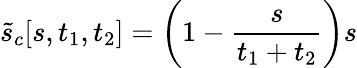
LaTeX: \tilde{s}_{c}[s,t_{1},t_{2}]=\left(1-\frac{s}{t_{1}+t_{2}}\right)s